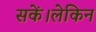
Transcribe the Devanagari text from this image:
सकें।लेकिन